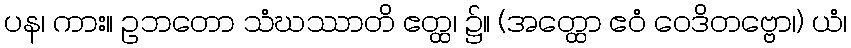
ပန၊ ကား။ ဥဘတော သံဃဿာတိ ဧတ္ထ၊ ၌။ (အတ္ထော ဧဝံ ဝေဒိတဗ္ဗော၊) ယံ၊